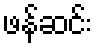
ဖန်ဆင်း